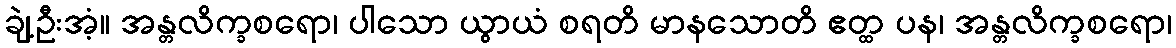
ချဲ့ဦးအံ့။ အန္တလိက္ခစရော၊ ပါသော ယွာယံ စရတိ မာနသောတိ ဧတ္ထ ပန၊ အန္တလိက္ခစရော၊